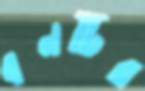
বনটির